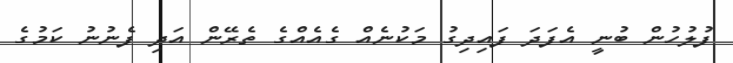
ފުލުހުން ބުނީ އެފަދަ ފައިދިގު މަކުނެއް ގެއެއްގެ ތެރޭން އަދި ފެނުނު ކަމުގެ